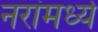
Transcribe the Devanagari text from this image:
नरांमध्ये